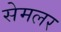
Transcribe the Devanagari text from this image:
सेमलर